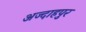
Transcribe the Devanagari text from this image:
अज्दाहपुर